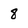
Character: 8